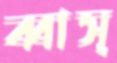
ব্বাস্